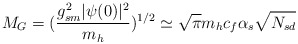
\begin{align*}M_G = (\frac{g_{sm}^2 |\psi(0)|^2}{m_h})^{1/2} \simeq \sqrt{\pi} m_h c_f \alpha_s\sqrt{N_{sd}}\end{align*}